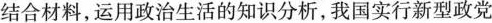
结合材料，运用政治生活的知识分析，我国实行新型政党